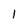
Character: 1